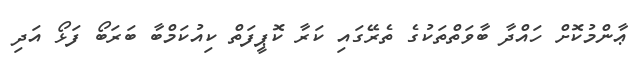
ޢާންމުކޮށް ހައްދާ ބާވަތްތަކުގެ ތެރޭގައި ކަރާ ކޮޕީފަތް ކިއުކަމްބާ ބަރަބޯ ފަޅޯ އަދި